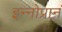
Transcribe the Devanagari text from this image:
इन्नोप्रान